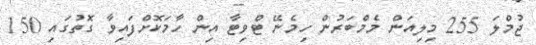
ޖުމްލަ 255 މިލިއަން މެމްބަރުން ހިމެނޭ ޓްވިޓާ އިން ހާމަކޮށްފައިވާ ގޮތުގައި 150